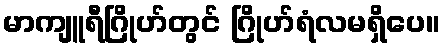
မာကျူရီဂြိုဟ်တွင် ဂြိုဟ်ရံလမရှိပေ။